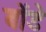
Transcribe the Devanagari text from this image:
बोंडे